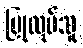
ပြုလုပ်သူ